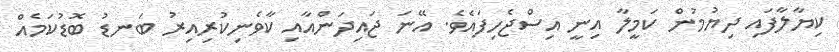
ކިޔާލާފައި ދިޔުމުން ކަމީލާ އިނީ އިސްޖެހިފައެވެ. އޭނަ ޖައިދަންއާއި ކާވެނިކުރިއިރު ބަނޑު ބޮޑުކަމެއް